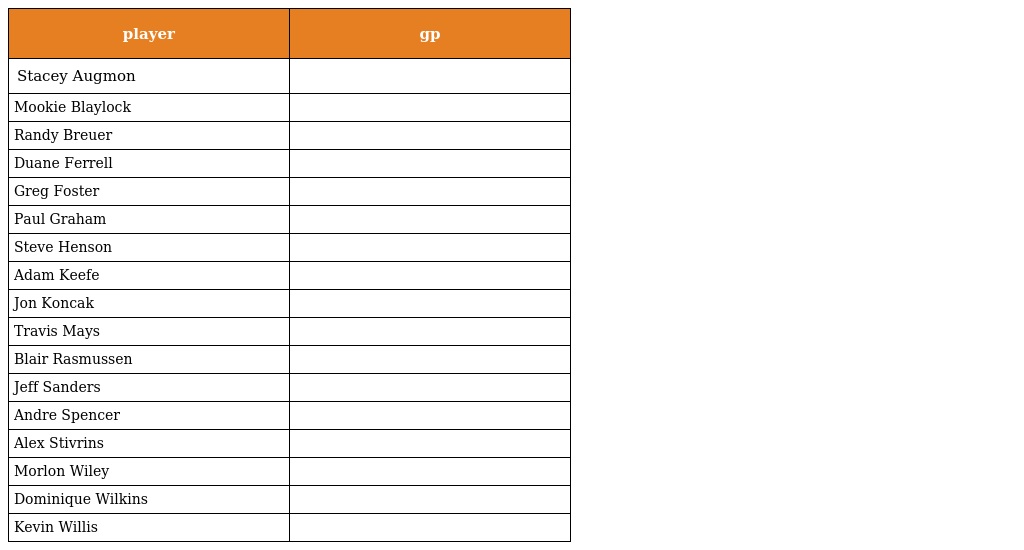
| player | gp |
 | --- | --- |
 | Stacey Augmon |  |
 | Mookie Blaylock |  |
 | Randy Breuer |  |
 | Duane Ferrell |  |
 | Greg Foster |  |
 | Paul Graham |  |
 | Steve Henson |  |
 | Adam Keefe |  |
 | Jon Koncak |  |
 | Travis Mays |  |
 | Blair Rasmussen |  |
 | Jeff Sanders |  |
 | Andre Spencer |  |
 | Alex Stivrins |  |
 | Morlon Wiley |  |
 | Dominique Wilkins |  |
 | Kevin Willis |  |